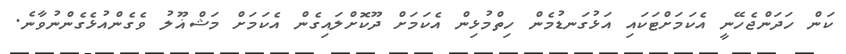
ކަން ހަދަންޖެހޭނީ އެކަމަށްޓަކައި އަޅުގަނޑުމެން ހިތްމުޅިން އެކަމަށް ދޫކޮށްލައިގެން އެކަމަށް މަޝްޣޫލު ވެގެންއުޅެގެންނުވާނެ.